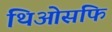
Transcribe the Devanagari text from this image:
थिओसफि